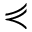
\curlyeqprec